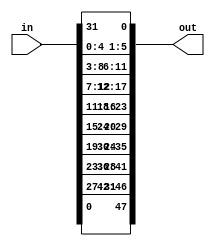
/*

Module: Expansion_Function
Input: 32-bit input
Output: 48-bit output in accordance with the Expansion Function
Modules Used: N/A

*/

`timescale 1 ns/ 1 ps

module Expansion_Function(in, out);
  input [31:0] in;
  output [47:0] out;
  
  assign out[47] = in[0];
  assign out[46] = in[31];
  assign out[45] = in[30];
  assign out[44] = in[29];
  assign out[43] = in[28];
  assign out[42] = in[27];
  assign out[41] = in[28];
  assign out[40] = in[27];
  
  assign out[39] = in[26];
  assign out[38] = in[25];
  assign out[37] = in[24];
  assign out[36] = in[23];
  assign out[35] = in[24];
  assign out[34] = in[23];
  assign out[33] = in[22];
  assign out[32] = in[21];
  
  assign out[31] = in[20];
  assign out[30] = in[19];
  assign out[29] = in[20];
  assign out[28] = in[19];
  assign out[27] = in[18];
  assign out[26] = in[17];
  assign out[25] = in[16];
  assign out[24] = in[15];
  
  assign out[23] = in[16];
  assign out[22] = in[15];
  assign out[21] = in[14];
  assign out[20] = in[13];
  assign out[19] = in[12];
  assign out[18] = in[11];
  assign out[17] = in[12];
  assign out[16] = in[11];
  
  assign out[15] = in[10];
  assign out[14] = in[9];
  assign out[13] = in[8];
  assign out[12] = in[7];
  assign out[11] = in[8];
  assign out[10] = in[7];
  assign out[9] = in[6];
  assign out[8] = in[5];
  
  assign out[7] = in[4];
  assign out[6] = in[3];
  assign out[5] = in[4];
  assign out[4] = in[3];
  assign out[3] = in[2];
  assign out[2] = in[1];
  assign out[1] = in[0];
  assign out[0] = in[31];


endmodule